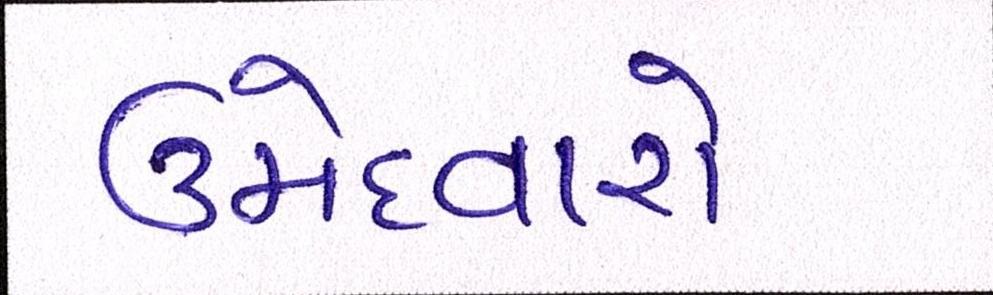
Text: ઉમેદવારો